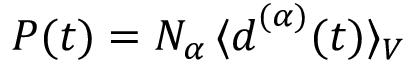
\boldsymbol { P } ( t ) = N _ { \alpha } \, \langle \boldsymbol { d } ^ { ( \alpha ) } ( t ) \rangle _ { V }